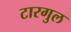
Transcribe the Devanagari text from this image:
टारगुल